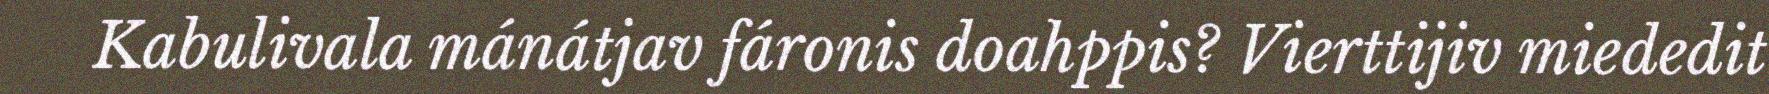
Kabulivala mánátjav fáronis doahppis? Vierttijiv miededit